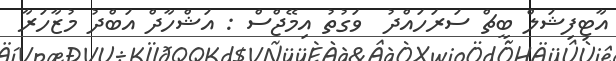
އާޓިފިޝަލް ބީޗް ސަރަހައްދު  ވަގުތު އިމޭޖްސް : އަޝްހާދް އަބްދު މުޒާހަރާ